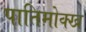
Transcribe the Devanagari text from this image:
पातिमोक्ख